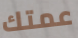
عمتك